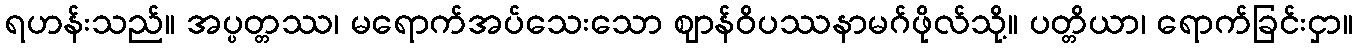
ရဟန်းသည်။ အပ္ပတ္တဿ၊ မရောက်အပ်သေးသော ဈာန်ဝိပဿနာမဂ်ဖိုလ်သို့။ ပတ္တိယာ၊ ရောက်ခြင်းငှာ။